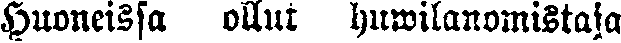
Huoneissa ollut huwilanomistaja